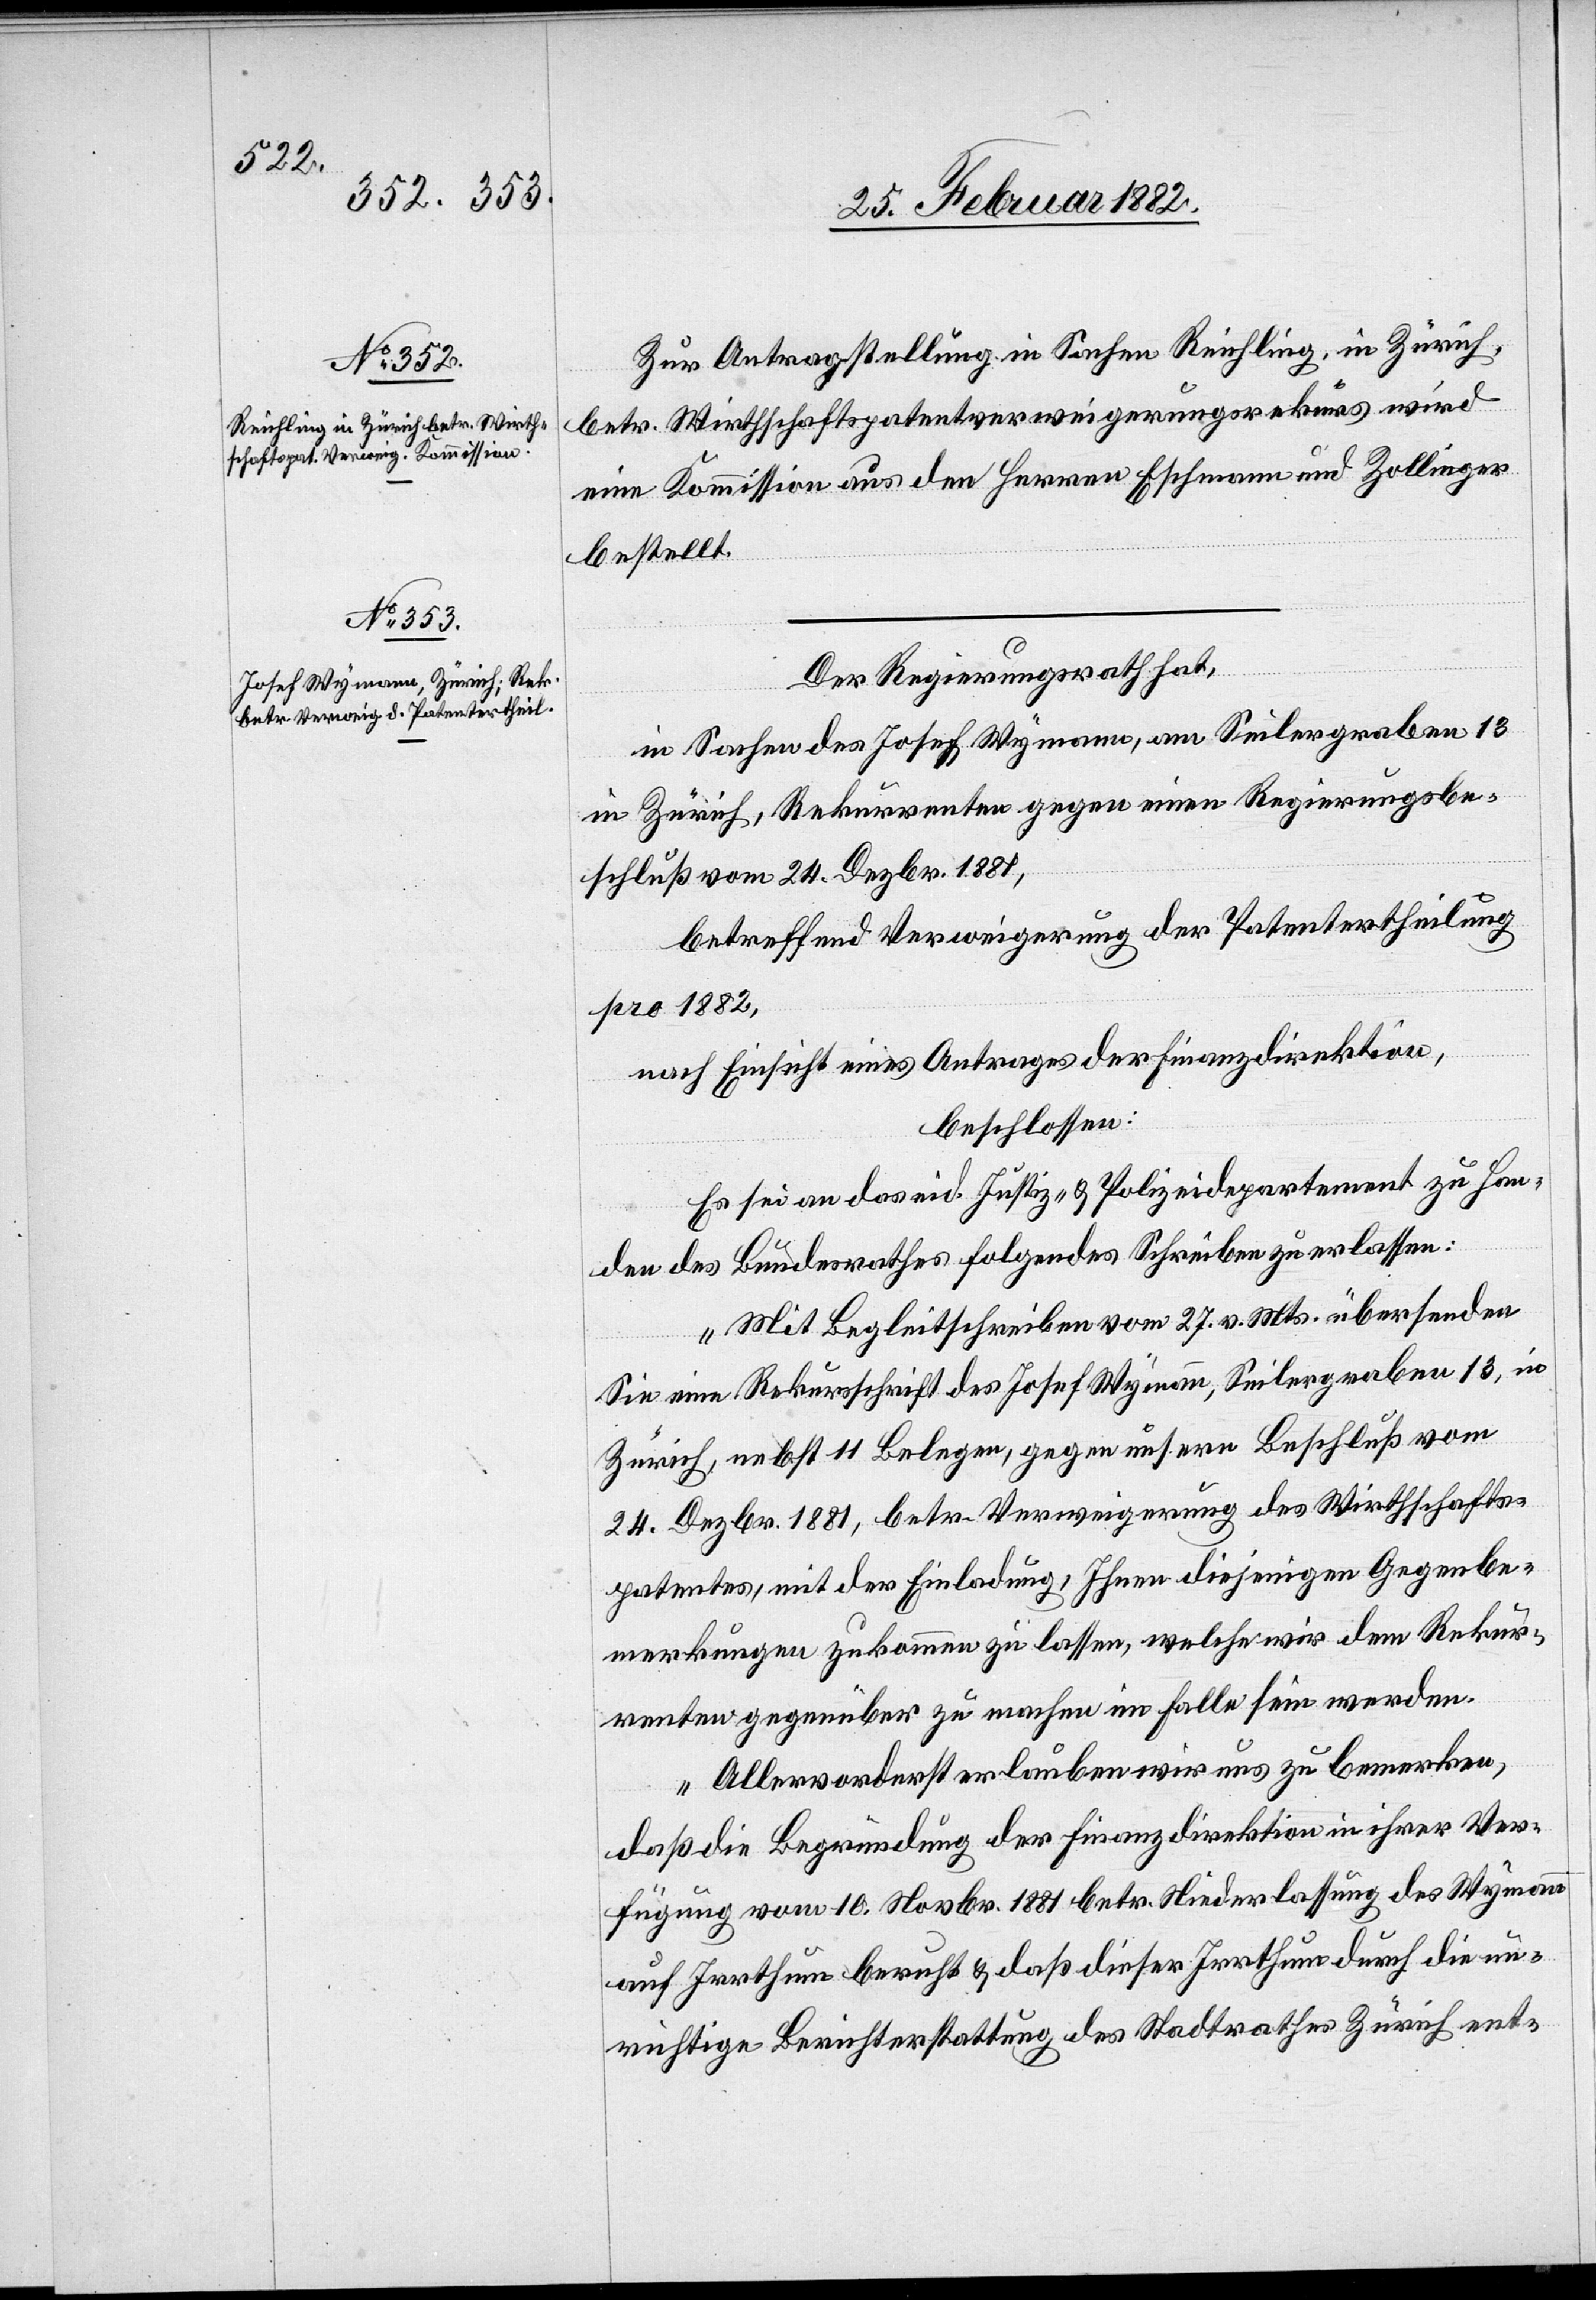
Zur Antragstellung in Sachen Reichling, in Zürich,
betr. Wirthschaftpatentverweigerungsrekurs wird
eine Kommission aus den Herren Eschmann und Zollinger
bestellt.
Der Regierungsrath hat,
in Sachen des Josef Wymann, am Seilergraben 13
in Zürich, Rekurrenten gegen einen Regierungsbe¬
schluß vom 24. Dezbr. 1881,
betreffend Verweigerung der Patentertheilung
pro 1882,
nach Einsicht eines Antrages der Finanzdirektion,
beschlossen:
Es sei das eid. Justiz- & Polizeidepartement zu Han¬
den des Bundesrathes folgendes Schreiben zu erlassen:
„Mit Begleitschreiben vom 27. v. Mts. übersenden
Sie eine Rekursschrift des Josef Wymann, Seilergraben 13, in
Zürich, nebst 11 Belegen, gegen unsern Beschluß vom
24. Dezbr. 1881, betr. Verweigerung des Wirthschafts¬
patentes, mit der Einladung, Ihnen diejenigen Gegenbe¬
merkungen zukommen zu lassen, welche wir dem Rekur¬
renten gegenüber zu machen im Falle sein werden.
Allervorderst erlauben wir uns zu bemerken
daß die Begründung der Finanzdirektion in ihrer Ver¬
fügung vom 10. Novbr. 1881 betr. Niederlassung des Wymann
auf Irrthum beruht & daß dieser Irrthum durch die un¬
richtige Berichterstattung des Stadtrathes Zürich ent-